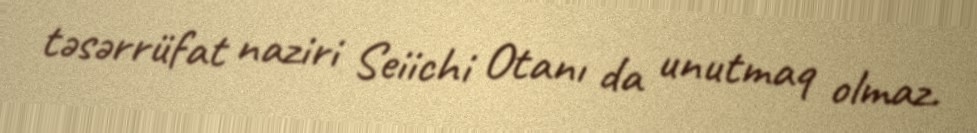
təsərrüfat naziri Seiichi Otanı da unutmaq olmaz.